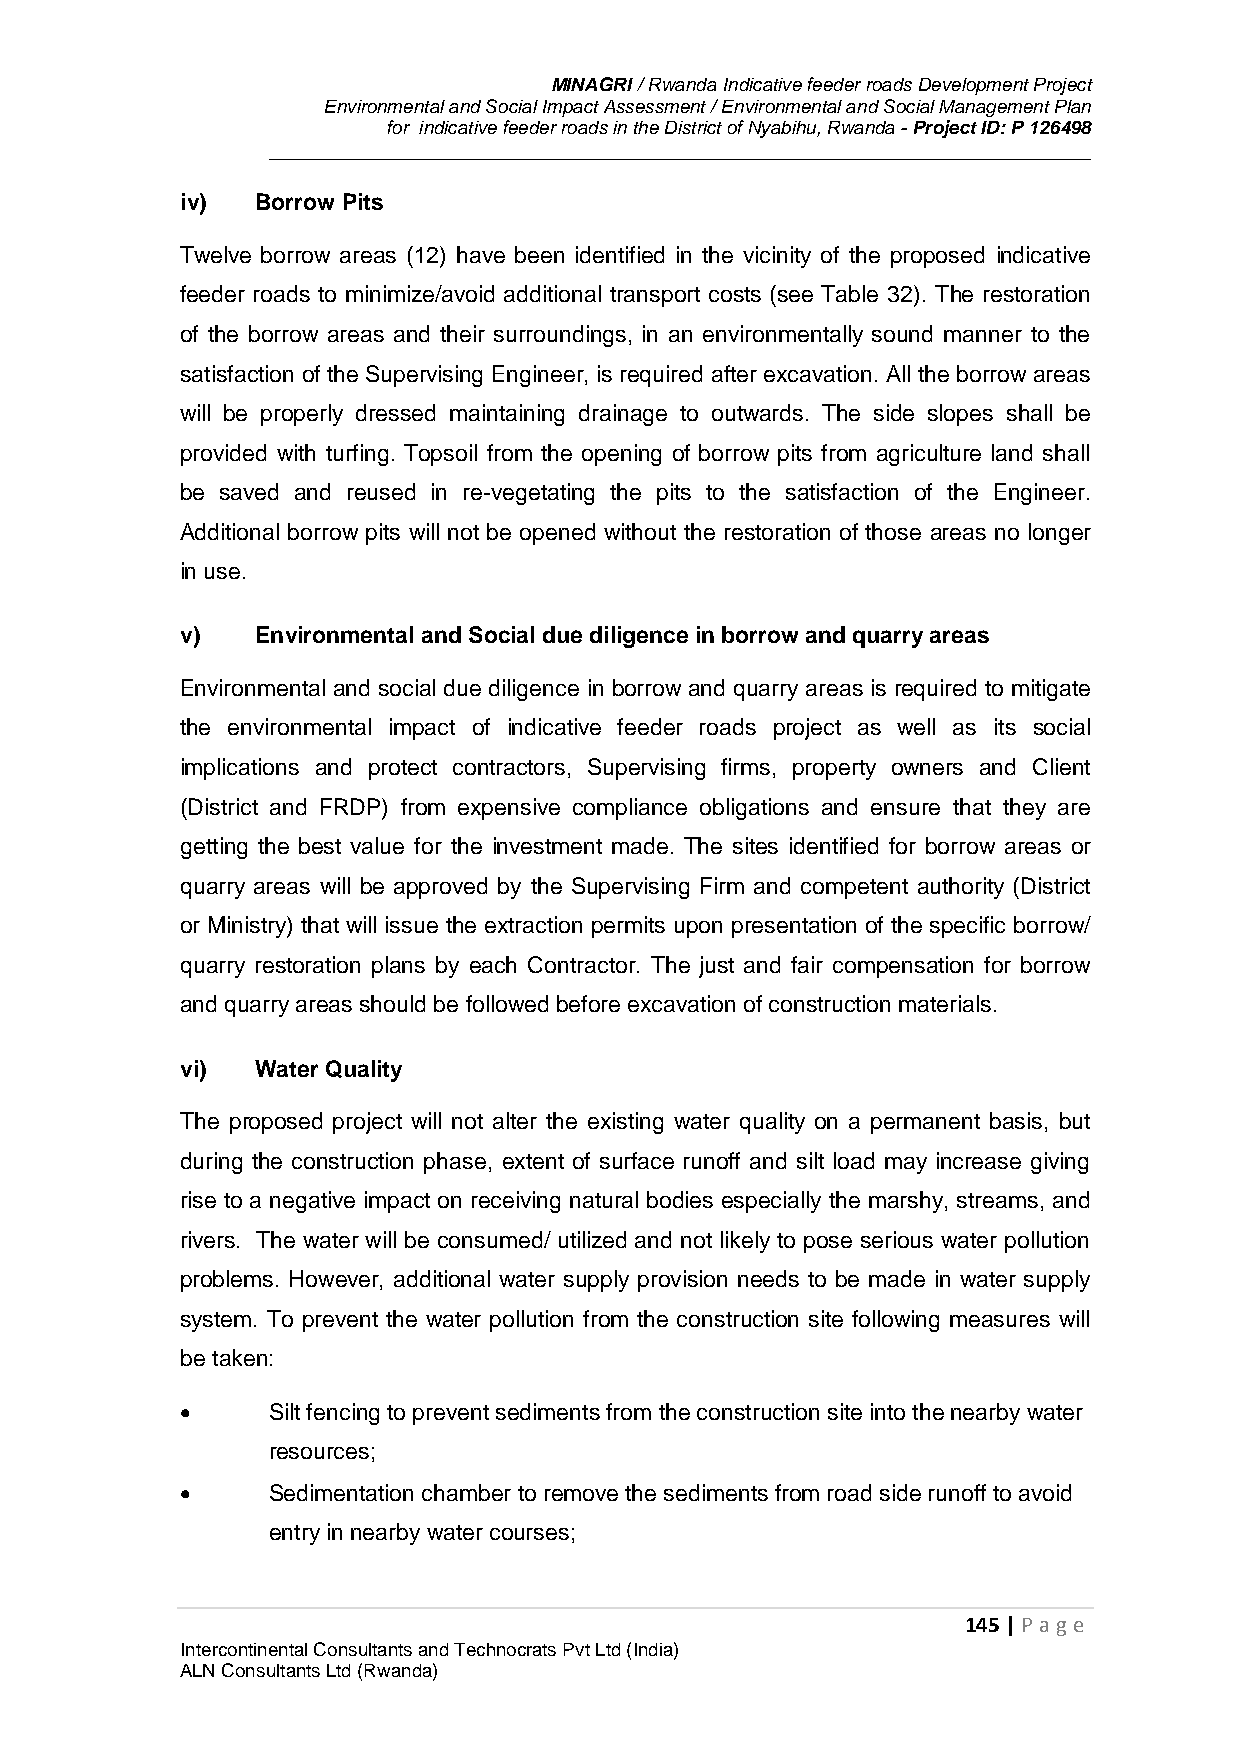
MINAGRI / Rwanda Indicative feeder roads Development Project
 Environmental and Social Impact Assessment / Environmental and Social Management Plan
 for indicative feeder roads in the District of Nyabihu, Rwanda - Project ID: P 126498
 iv)  Borrow Pits
 Twelve borrow areas (12) have been identified in the vicinity of the proposed indicative
 feeder roads to minimize/avoid additional transport costs (see Table 32). The restoration
 of the borrow areas and their surroundings, in an environmentally sound manner to the
 satisfaction of the Supervising Engineer, is required after excavation. All the borrow areas
 will be properly dressed maintaining drainage to outwards. The side slopes shall be
 provided with turfing. Topsoil from the opening of borrow pits from agriculture land shall
 be saved and reused in re-vegetating the pits to the satisfaction of the Engineer.
 Additional borrow pits will not be opened without the restoration of those areas no longer
 in use.
 v)   Environmental and Social due diligence in borrow and quarry areas
 Environmental and social due diligence in borrow and quarry areas is required to mitigate
 the environmental impact of indicative feeder roads project as well as its social
 implications and protect contractors, Supervising firms, property owners and Client
 (District and FRDP) from expensive compliance obligations and ensure that they are
 getting the best value for the investment made. The sites identified for borrow areas or
 quarry areas will be approved by the Supervising Firm and competent authority (District
 or Ministry) that will issue the extraction permits upon presentation of the specific borrow/
 quarry restoration plans by each Contractor. The just and fair compensation for borrow
 and quarry areas should be followed before excavation of construction materials.
 vi)  Water Quality
 The proposed project will not alter the existing water quality on a permanent basis, but
 during the construction phase, extent of surface runoff and silt load may increase giving
 rise to a negative impact on receiving natural bodies especially the marshy, streams, and
 rivers. The water will be consumed/ utilized and not likely to pose serious water pollution
 problems. However, additional water supply provision needs to be made in water supply
 system. To prevent the water pollution from the construction site following measures will
 be taken:
      Silt fencing to prevent sediments from the construction site into the nearby water
 resources;
      Sedimentation chamber to remove the sediments from road side runoff to avoid
 entry in nearby water courses;
 145 | P age
 Intercontinental Consultants and Technocrats Pvt Ltd (India)
 ALN Consultants Ltd (Rwanda)